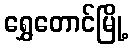
ရွှေတောင်မြို့